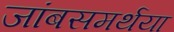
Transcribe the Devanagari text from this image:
जांबसमर्थया